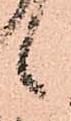
候